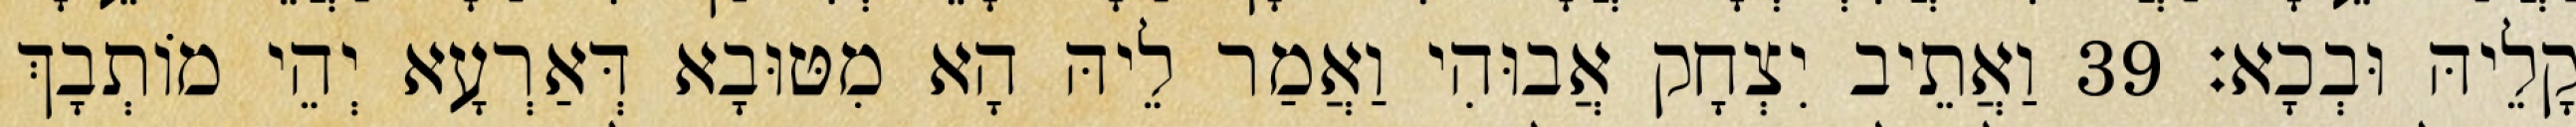
קָלֵיהּ וּבְכָא׃ 39 וַאֲתֵיב יִצְחָק אֲבוּהִי וַאֲמַר לֵיהּ הָא מִטּוּבָא דְּאַרְעָא יְהֵי מוֹתְבָךְ